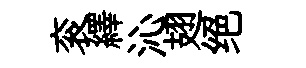
衮繹沁翅绝